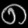
Digit: ၈